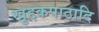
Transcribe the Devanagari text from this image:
खुद्दकपाठादि